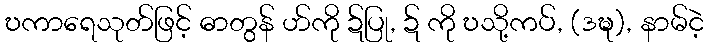
ဎကာရေသုတ်ဖြင့် ဓာတွန် ဟ်ကို ဍ်ပြု, ဍ် ကို ဎသို့ကပ်, (ဒဍ္ဎ), နာမ်ငဲ့